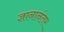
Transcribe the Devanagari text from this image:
ज्ञानानंतर